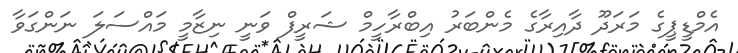
އެމްޑީޕީގެ މަރަދޫ ދާއިރާގެ މެންބަރު އިބްރާހީމް ޝަރީފް ވަނީ ނިޒާމީ މައްސަލަ ނަންގަވާ